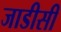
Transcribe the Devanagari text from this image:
जाडीसी